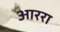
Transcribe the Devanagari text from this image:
आररा